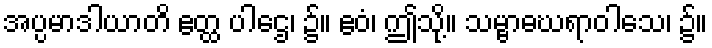
အပ္ပမာဒါယာတိ ဧတ္ထ ပါဌေ၊ ၌။ ဧဝံ၊ ဤသို့။ သမ္ဗာဓဃရာဝါသေ၊ ၌။